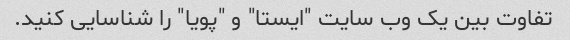
تفاوت بین یک وب سایت "ایستا" و "پویا" را شناسایی کنید.